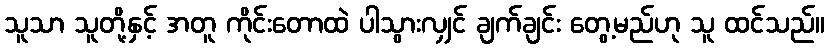
သူသာ သူတို့နှင့် အတူ ကိုင်းတောထဲ ပါသွားလျှင် ချက်ချင်း တွေ့မည်ဟု သူ ထင်သည်။